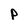
Character: p